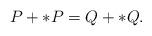
LaTeX: \begin{align*}P+*P = Q+*Q.\end{align*}